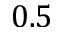
0 . 5